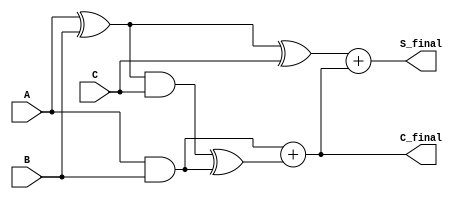
module carry_save_adder (
    input [N-1:0] A,   // First operand
    input [N-1:0] B,   // Second operand
    input [N-1:0] C,   // Third operand
    output [N-1:0] S_final, // Final sum output
    output [N-1:0] C_final  // Final carry output
);
parameter N = 8; // Define the bit width, can be changed as needed

// Intermediate wires for partial sums and carries
wire [N-1:0] S1, S2;
wire [N-1:0] C1, C2;

// Stage 1: Partial Sum and Carry for A and B
assign S1 = A ^ B;        // Partial Sum S1 = A  B
assign C1 = A & B;        // Carry C1 = A  B

// Stage 2: Partial Sum and Carry for S1 and C
assign S2 = S1 ^ C;       // Partial Sum S2 = S1  C
assign C2 = (S1 & C) ^ C1; // Carry C2 = (S1  C)  C1

// Final Carry Calculation
wire [N-1:0] C_intermediate;
assign C_intermediate = C1 + C2;

// Final Sum Calculation
assign S_final = S2 + C_intermediate;
assign C_final = C_intermediate; // Final carry output

endmodule